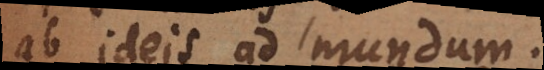
ab ideis ad mundum.